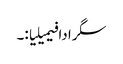
سگرادا فیمیلیا:۔